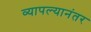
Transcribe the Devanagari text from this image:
व्यापल्यानंतर